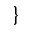
\}